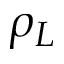
\rho _ { L }